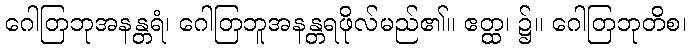
ဂေါတြဘုအနန္တရံ၊ ဂေါတြဘူအနန္တရဖိုလ်မည်၏။ ဧတ္ထ၊ ၌။ ဂေါတြဘုတိစ၊